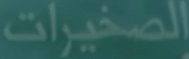
الصغيرات